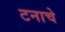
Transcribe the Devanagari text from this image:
टनाचे